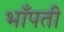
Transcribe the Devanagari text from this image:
भाँपती